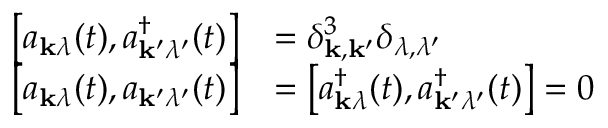
{ \begin{array} { r l } { \left[ a _ { \mathbf { k } \lambda } ( t ) , a _ { \mathbf { k } ^ { \prime } \lambda ^ { \prime } } ^ { \dagger } ( t ) \right] } & { = \delta _ { \mathbf { k } , \mathbf { k } ^ { \prime } } ^ { 3 } \delta _ { \lambda , \lambda ^ { \prime } } } \\ { \left[ a _ { \mathbf { k } \lambda } ( t ) , a _ { \mathbf { k } ^ { \prime } \lambda ^ { \prime } } ( t ) \right] } & { = \left[ a _ { \mathbf { k } \lambda } ^ { \dagger } ( t ) , a _ { \mathbf { k } ^ { \prime } \lambda ^ { \prime } } ^ { \dagger } ( t ) \right] = 0 } \end{array} }